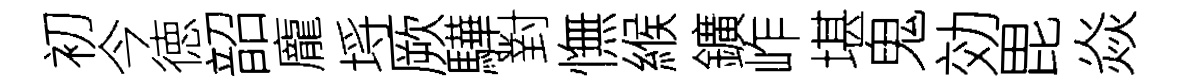
初今徳韶龐埓厥驊對憮緱鑛岞堪鬼効毘焱